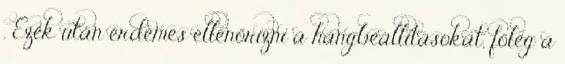
. Ezek után érdemes ellenőrizni a hangbeállításokat, főleg a